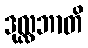
ဒုလ္လဘာတိ